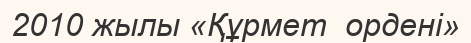
2010 жылы «Құрмет  ордені»